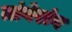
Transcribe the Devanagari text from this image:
तांगेरांग